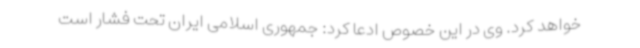
خواهد کرد. وی در این خصوص ادعا کرد: جمهوری اسلامی ایران تحت فشار است